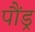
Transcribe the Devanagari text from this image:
पौंड्र